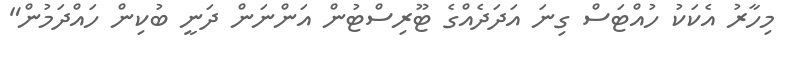
މިހާރު އެކަކު ހުއްޓަސް ގިނަ އަދަދެއްގެ ޓޫރިސްޓުން އަންނަން ދަނީ ބުކިން ހައްދަމުން"